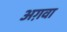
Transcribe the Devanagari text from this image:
अग़वा